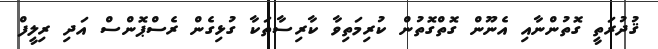
ޤުދުރަތީ ގޮތުންނާއި އެނޫން ގޮތްގޮތުން ކުރިމަތިވާ ކާރިސާތަކާ ގުޅިގެން ރެސްޕޮންސް އަދި ރިލީފް